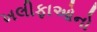
ખલીફાઓનો